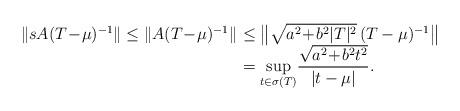
LaTeX: \begin{align*}\begin{array}{rl} \| sA(T\!-\!\mu)^{-1} \| \le \|A(T\!-\!\mu)^{-1} \| \!\!\!&\le \big\|\sqrt{a^2 \!+\! b^2 |T|^2}\, (T-\mu)^{-1} \big\| \\ &= \sup\limits_{t\in\sigma(T)} \!\dfrac{\sqrt{a^2 \!+\! b^2t^2}}{|t-\mu|}.\end{array} \end{align*}